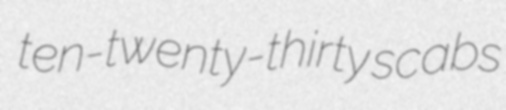
ten-twenty-thirty scabs